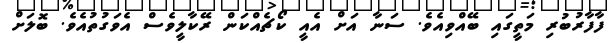
ފާފާރުބުރި މަތީގައި ބޭއްވިއެވެ. ސަނާ އަށް އެއީ ކޯޗެއްކަން ރޭކާލީވެސް އެވަގުތުއެވެ. ބޮލަށް